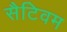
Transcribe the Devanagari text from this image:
सैटिवम